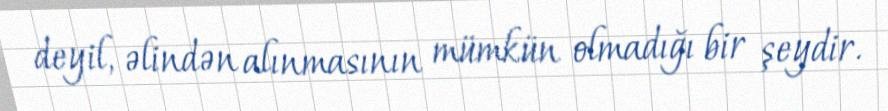
deyil, əlindən alınmasının mümkün olmadığı bir şeydir.